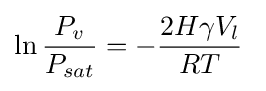
\ln {\frac {P_{v}}{P_{sat}}}=-{\frac {2H\gamma V_{l}}{RT}}\